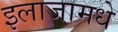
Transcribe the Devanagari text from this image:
इलाजामधे